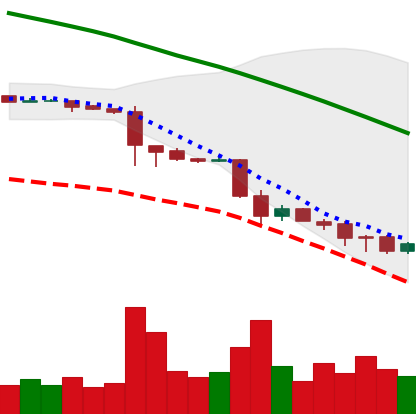
Ticker: ETC-USD
Chart end date: 2018-11-27
Forward return: 13.696%
Label: up_7plus